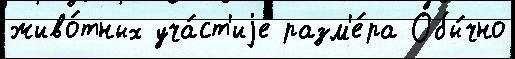
живо́тных уча́ст'иjе разм'е́ра Обы́чно